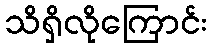
သိရှိလိုကြောင်း